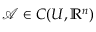
\mathcal { A } \in C ( U , \mathbb { R } ^ { n } )